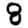
Digit: 8